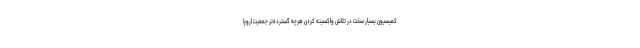
کمیسیون بسیار سخت در تلاش واکسینه کردن هرچه گسترده‌تر جمعیت اروپا